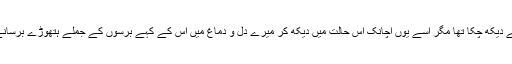
وہ بھی مجھے دیکھ چکا تھا مگر اسے یوں اچانک اس حالت میں دیکھ کر میرے دل و دماغ میں اس کے کہے برسوں کے جملے ہتھوڑے برسانے لگے تھے۔